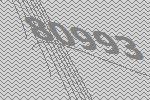
80993